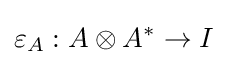
\varepsilon _{A}:A\otimes A^{*}\to I